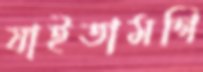
যাইতামগি